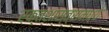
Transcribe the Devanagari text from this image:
रक्तशास्त्रामध्ये